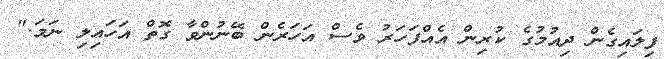
ފިލައިގެން ދިއުމުގެ ކުރިން އެއްފަހަރު ވެސް އަހަރެން ބޭނުންވާ ގޮތް އަހައިލި ނަމަ."